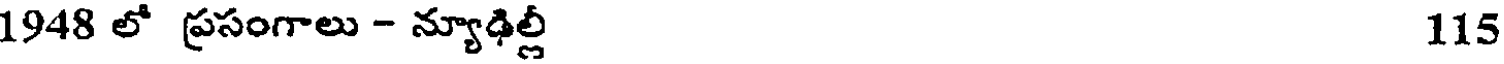
1948 లో ప్రసంగాలు - న్యూఢిల్లీ 115